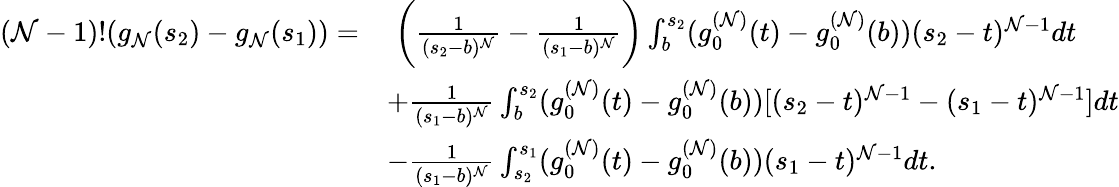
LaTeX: \begin{array}{rl}{(\mathcal{N}-1)!(g_{\mathcal{N}}(s_{2})-g_{\mathcal{N}}(s_{1}))=}&{\; \bigg(\frac{1}{(s_{2}-b)^{\mathcal{N}}}-\frac{1}{(s_{1}-b)^{\mathcal{N}}}\bigg)\int_{b}^{s_{2}}(g_{0}^{(\mathcal{N})}(t)-g_{0}^{(\mathcal{N})}(b))(s_{2}-t)^{\mathcal{N}-1}dt}\\ &{+\frac{1}{(s_{1}-b)^{\mathcal{N}}}\int_{b}^{s_{2}}(g_{0}^{(\mathcal{N})}(t)-g_{0}^{(\mathcal{N})}(b))[(s_{2}-t)^{\mathcal{N}-1}-(s_{1}-t)^{\mathcal{N}-1}]dt}\\ &{-\frac{1}{(s_{1}-b)^{\mathcal{N}}}\int_{s_{2}}^{s_{1}}(g_{0}^{(\mathcal{N})}(t)-g_{0}^{(\mathcal{N})}(b))(s_{1}-t)^{\mathcal{N}-1}dt.}\end{array}